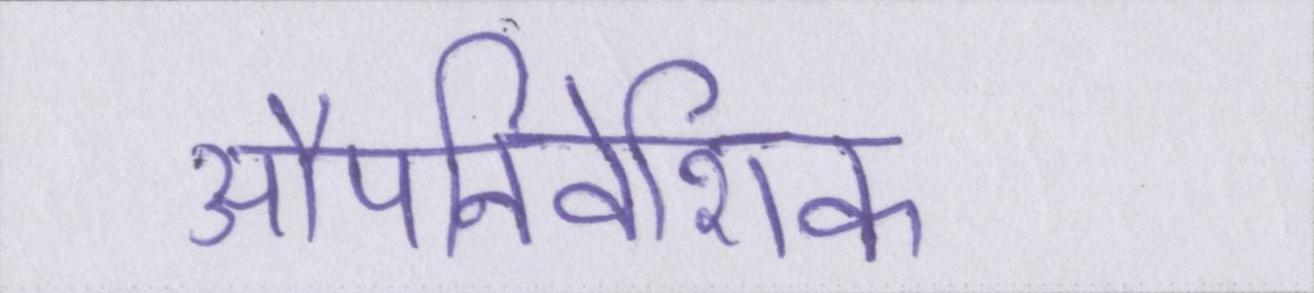
औपनिवेशिक